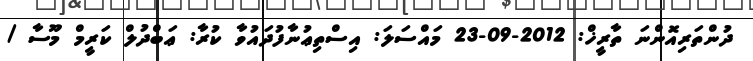
ދުންތަރިއޮންނަ ތާރީޚް: 2012-09-23 މައްސަލަ: އިސްތިޢުނާފުދައުވާ ކުރާ: ޢަބްދުލް ކަރީމް މޫސާ /